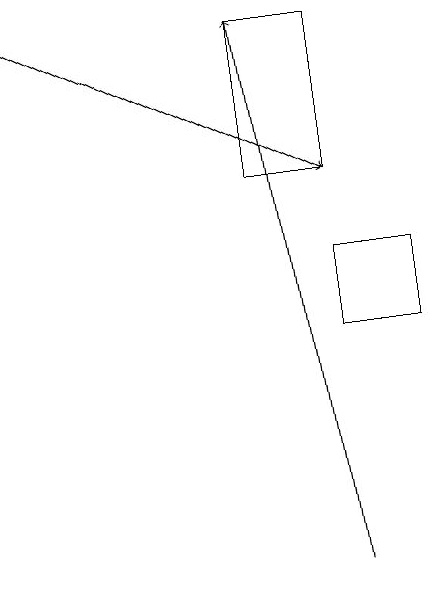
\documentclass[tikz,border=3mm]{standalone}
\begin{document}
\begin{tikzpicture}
\draw[->] (5,11) -- (4,18);
\draw[->] (1,18) -- (5,16);
\draw (6,14) rectangle (5,15);
\draw (5,18) rectangle (4,16);
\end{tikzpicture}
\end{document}